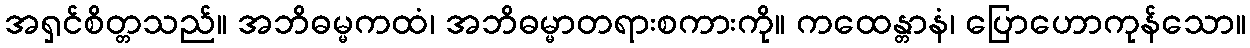
အရှင်စိတ္တသည်။ အဘိဓမ္မကထံ၊ အဘိဓမ္မာတရားစကားကို။ ကထေန္တာနံ၊ ပြောဟောကုန်သော။